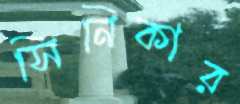
সিনিকার